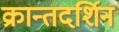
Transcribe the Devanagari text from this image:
क्रान्तदर्शिन